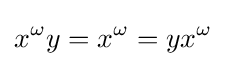
x^{\omega }y=x^{\omega }=yx^{\omega }